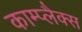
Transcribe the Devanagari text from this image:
काम्प्लैक्स